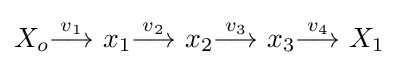
X_{o}{\stackrel {v_{1}}{\longrightarrow }}\ x_{1}{\stackrel {v_{2}}{\longrightarrow }}\ x_{2}{\stackrel {v_{3}}{\longrightarrow }}\ x_{3}{\stackrel {v_{4}}{\longrightarrow }}\ X_{1}